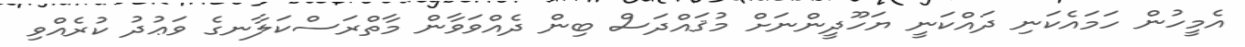
އެމީހުން ހަމައެކަނި ދައްކަނީ ޔަހޫދީންނަށް މުޤައްދަސް ބިން ދެއްވަވާން މާތްރަސްކަލާނގެ ވަޢުދު ކުރެއްވި